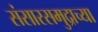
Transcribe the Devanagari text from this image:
संसारसमुद्राच्या